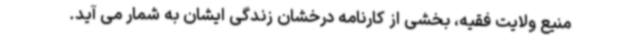
منیع ولایت فقیه، بخشی از کارنامه درخشان زندگی ایشان به شمار می آید.